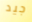
جيد